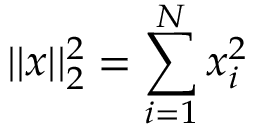
| | x | | _ { 2 } ^ { 2 } = \sum _ { i = 1 } ^ { N } x _ { i } ^ { 2 }